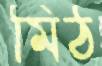
মিঠ